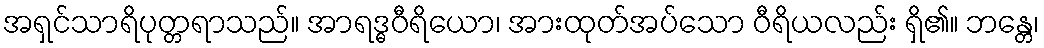
အရှင်သာရိပုတ္တရာသည်။ အာရဒ္ဓဝီရိယော၊ အားထုတ်အပ်သော ဝီရိယလည်း ရှိ၏။ ဘန္တေ၊